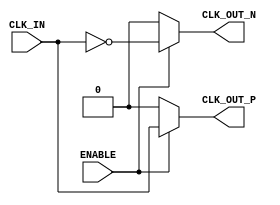
module DifferentialClockBuffer (
    input wire CLK_IN,      // Single-ended input clock signal
    input wire ENABLE,      // Active-high control signal
    output reg CLK_OUT_P,   // Positive differential clock output
    output reg CLK_OUT_N    // Negative differential clock output
);

// Internal buffer and inverter for clock generation
reg buffered_clk;

// Always block for clock buffering and control logic
always @(*) begin
    if (ENABLE) begin
        // Buffer the input clock when ENABLE is high
        buffered_clk = CLK_IN; // Simple buffer operation
        CLK_OUT_P = buffered_clk;
        CLK_OUT_N = ~buffered_clk; // Inverted clock for differential output
    end else begin
        // Drive both outputs to low when disabled
        CLK_OUT_P = 1'b0;
        CLK_OUT_N = 1'b0;
    end
end

endmodule